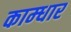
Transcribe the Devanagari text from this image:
काम्धार